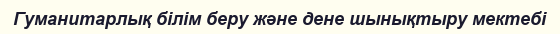
Гуманитарлық білім беру және дене шынықтыру мектебі